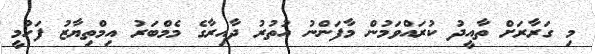
މި ގަރާރަށް ތާއީދު ކުރައްވަމުން މާފަންނު އުތުރު ދާއިރާގެ މެމްބަރު އިމްތިޔާޒު ފަހުމީ